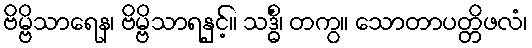
ဗိမ္ဗိသာရေန၊ ဗိမ္ဗိသာရနှင့်။ သဒ္ဓိံ၊ တကွ။ သောတာပတ္တိဖလံ၊